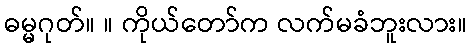
ဓမ္မဂုတ်။ ။ ကိုယ်တော်က လက်မခံဘူးလား။